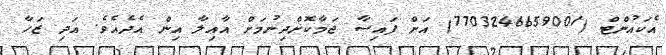
އެކައުންޓް (7703246659001) އަށް ފައިސާ ޖަމާކޮށްދިނުމަށް އާއިލާ އިން އެދެއެވެ. އަދި ޒަހާ